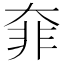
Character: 𩇩